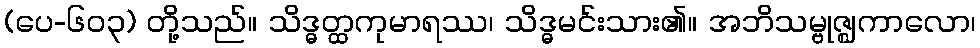
(ပေ-၆၀၃) တို့သည်။ သိဒ္ဓတ္ထကုမာရဿ၊ သိဒ္ဓမင်းသား၏။ အဘိသမ္ဗုဇ္ဈကာလော၊